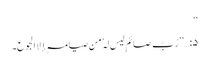
‘‘
۵:…’’رُبَّ صائمٍ لیس لہٗ من صیامہٖ إلا الجوع۔